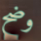
وضح